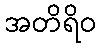
အတိရိဝ